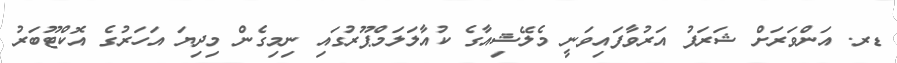
ޑރ. އަންވަރަށް ޝަރަފު އަރުވާފައިވަނީ މެލޭޝިއާގެ ކުއާލަލަމްޕޫރުގައި ނިމިގެން މިދިޔަ އަހަރުގެ އޮކްޓޫބަރު